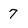
Character: 7